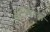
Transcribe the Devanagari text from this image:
पॅरालिम्पिक